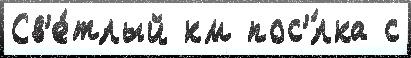
Св'е́тлый км пос'́лка с